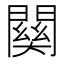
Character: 𮤚